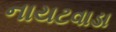
નાયટવાડા